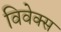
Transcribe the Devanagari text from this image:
विवेक्स